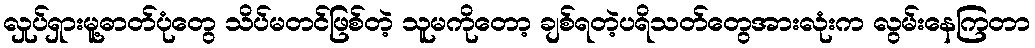
လှုပ်ရှားမူ့ဓာတ်ပုံတွေ သိပ်မတင်ဖြစ်တဲ့ သူမကိုတော့ ချစ်ရတဲ့ပရိသတ်တွေအားလုံးက လွမ်းနေကြတာ